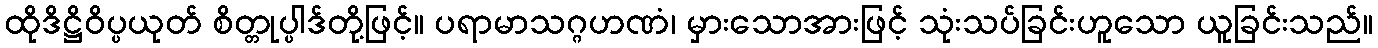
ထိုဒိဋ္ဌိဝိပ္ပယုတ် စိတ္တုပ္ပါဒ်တို့ဖြင့်။ ပရာမာသဂ္ဂဟဏံ၊ မှားသောအားဖြင့် သုံးသပ်ခြင်းဟူသော ယူခြင်းသည်။